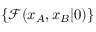
\{ \mathcal { F } ( x _ { A } , x _ { B } \vert 0 ) \}